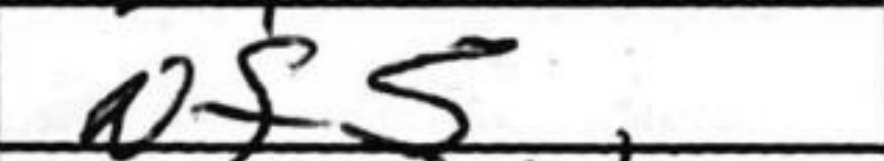
Transcription: Nf5